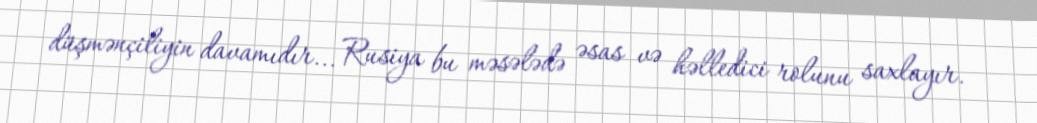
düşmənçiliyin davamıdır... Rusiya bu məsələdə əsas və həlledici rolunu saxlayır.